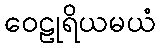
ဝေဠုရိယမယံ